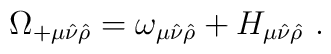
\Omega_{+ \mu \hat \nu \hat \rho} = \omega_{\mu\hat \nu \hat \rho }  + H_{\mu \hat \nu \hat \rho } ~.